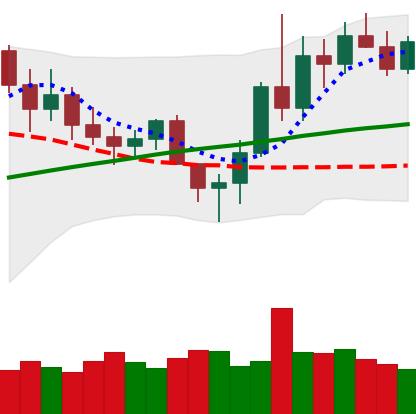
Ticker: LINK-USD
Chart end date: 2020-11-13
Forward return: 5.47%
Label: up_5_7